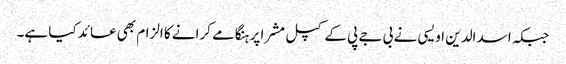
جبکہ اسد الدین اویسی نے بی جے پی کے کپل مشرا پر ہنگامے کرانے کا الزام بھی عائد کیا ہے۔